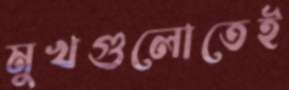
মুখগুলোতেই